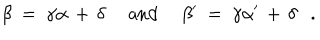
\beta ~ = ~ \gamma \alpha \, + \, \delta ~ ~ \mathrm { a n d } ~ ~ \beta ^ { \prime } ~ = ~ \gamma \alpha ^ { \prime } \, + \, \delta .